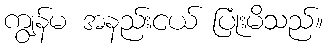
ကျွန်မ အနည်းငယ် ပြုံးမိသည်။